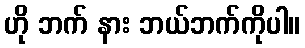
ဟို ဘက် နား ဘယ်ဘက်ကိုပါ။